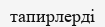
тапирлерді